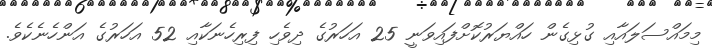
މިމައްސަލައާއި ގުޅިގެން ހައްޔަރުކޮށްފައިވަނީ 25 އަހަރުގެ ދިވެހި ފިރިހެނަކާއި 52 އަހަރުގެ އަންހެނެކެވެ.